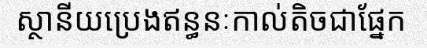
ស្ថានីយប្រេងឥន្ធនៈកាល់តិចជាផ្នែក